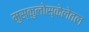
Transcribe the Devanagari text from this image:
मुस्कुलोस्केलेतल